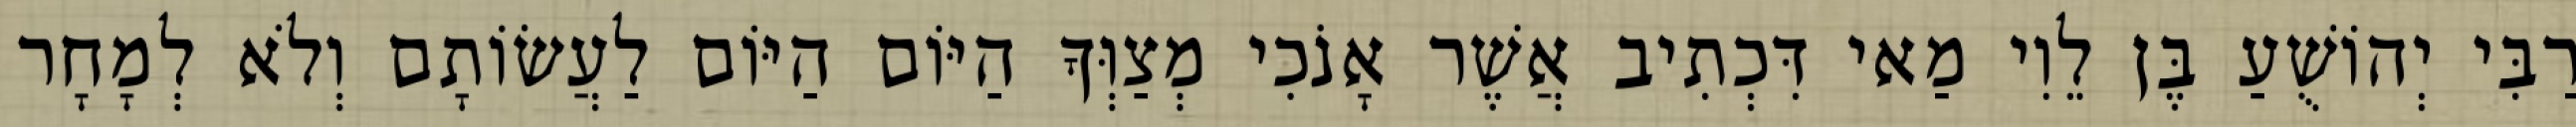
רַבִּי יְהוֹשֻׁעַ בֶּן לֵוִי מַאי דִּכְתִיב אֲשֶׁר אָנֹכִי מְצַוְּךָ הַיּוֹם הַיּוֹם לַעֲשׂוֹתָם וְלֹא לְמָחָר